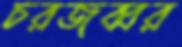
চরজব্বর